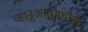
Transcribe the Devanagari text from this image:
व्हानुआतूमधील